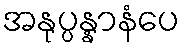
အနုပ္ပန္နာနံပေ